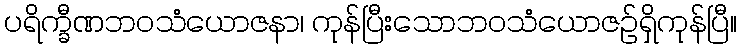
ပရိက္ခီဏဘဝသံယောဇနာ၊ ကုန်ပြီးသောဘဝသံယောဇဉ်ရှိကုန်ပြီ။